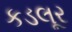
કડલૂર